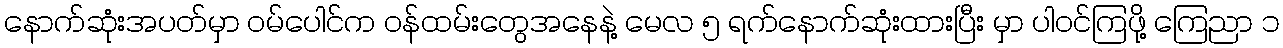
နောက်ဆုံးအပတ်မှာ ဝမ်ပေါင်က ဝန်ထမ်းတွေအနေနဲ့ မေလ ၅ ရက်နောက်ဆုံးထားပြီး မှာ ပါဝင်ကြဖို့ ကြေညာ ၁